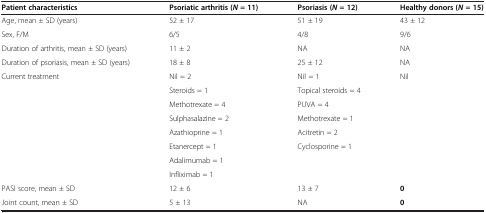
| Patient characteristics | Psoriatic arthritis (N = 11) | Psoriasis (N = 12) | Healthy donors (N = 15) |
 | --- | --- | --- | --- |
 | Age, mean ± SD (years) | 52 ± 17 | 51 ± 19 | 43 ± 12 |
 | Sex, F/M | 6/5 | 4/8 | 9/6 |
 | Duration of arthritis, mean ± SD (years) | 11 ± 2 | NA | NA |
 | Duration of psoriasis, mean ± SD (years) | 18 ± 8 | 25 ± 12 | NA |
 | <ROWSPAN=8> Current treatment | Nil = 2 | Nil = 1 | <ROWSPAN=8> Nil |
 | Steroids = 1 | Topical steroids = 4 |
 | Methotrexate = 4 | PUVA = 4 |
 | Sulphasalazine = 2 | Methotrexate = 1 |
 | Azathioprine = 1 | Acitretin = 2 |
 | Etanercept = 1 | <ROWSPAN=3> Cyclosporine = 1 |
 | Adalimumab = 1 |
 | Infliximab = 1 |
 | PASI score, mean ± SD | 12 ± 6 | 13 ± 7 | 0 |
 | Joint count, mean ± SD | 5 ± 13 | NA | 0 |